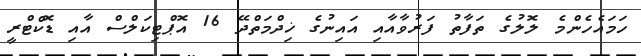
ހަމައެހެންމެ ލޮލުގެ ތަފާތު ފަރުވާއާއި އައިނުގެ ޚިދްމަތްދޭ 16 އޮޕްޓިކަލްސް އާއި ޑޮކްޓްރީ